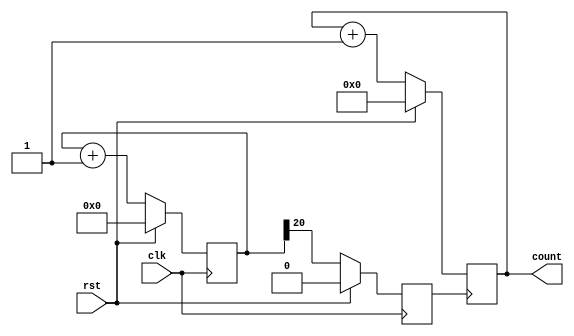
module counter(clk,rst,count); // Port Information
    input clk,rst;  //Input Ports
    output reg [3:0] count;  //Output Ports
    reg [25:0]temp;   //Temporary variables
    reg clk_div;
    always@(posedge clk)
        begin
            if(rst)
            begin
                temp=0;
                clk_div<=4'd0;
            end
        else
        begin
            temp<=temp+26'd1;
            clk_div<=temp[20];
        end
    end
    always @(posedge clk_div)
        begin
            if(rst)
                count<=4'd0;
            else
                count<=count+4'd1;
        end
endmodule